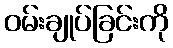
ဝမ်းချုပ်ခြင်းကို